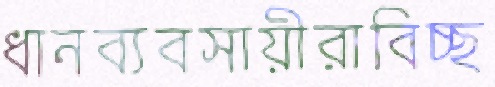
ধানব্যবসায়ীরাবিচ্ছ